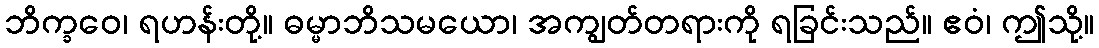
ဘိက္ခဝေ၊ ရဟန်းတို့။ ဓမ္မာဘိသမယော၊ အကျွတ်တရားကို ရခြင်းသည်။ ဧဝံ၊ ဤသို့။